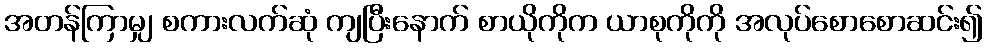
အတန်ကြာမျှ စကားလက်ဆုံ ကျပြီးနောက် စာယိုကိုက ယာစုကိုကို အလုပ်စောစောဆင်း၍